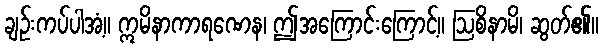
ချဉ်းကပ်ပါအံ့။ ဣမိနာကာရဏေန၊ ဤအကြောင်းကြောင့်။ ဩစိနာမိ၊ ဆွတ်၏။